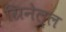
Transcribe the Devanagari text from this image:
ग्रिनेल्ल